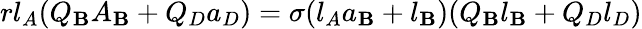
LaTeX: rl_{A}(Q_{\mathbf{B}}A_{\mathbf{B}}+Q_{D}a_{D})=\sigma(l_{A}a_{\mathbf{B}}+l_{\mathbf{B}})(Q_{\mathbf{B}}l_{\mathbf{B}}+Q_{D}l_{D})